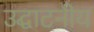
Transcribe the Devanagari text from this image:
उद्घाटनीय